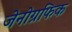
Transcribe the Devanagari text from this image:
जेनोग्रफिक